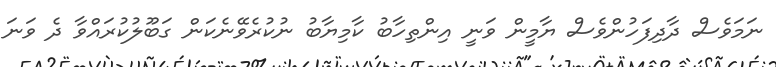
ނަމަވެސް ދާދިފަހުންވެސް ޔާމީން ވަނީ އިންތިހާބު ކާމިޔާބު ނުކުރެވޭނެކަން ގަބޫލުކުރައްވާ ދެ ވަނަ